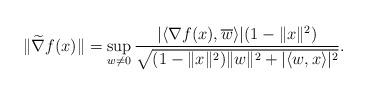
LaTeX: \begin{align*} \|\widetilde \nabla f(x)\| = \sup_{w\ne 0} \frac{|\langle \nabla f(x), {\overline w }\rangle| (1 -\|x\|^2)}{\sqrt{(1 - \|x\|^2) \|w\|^2 + |\langle w,x \rangle|^2}}.\end{align*}